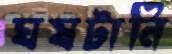
ঘষটানি